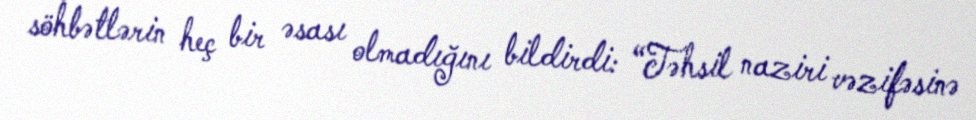
söhbətlərin heç bir əsası olmadığını bildirdi: “Təhsil naziri vəzifəsinə